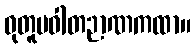
ဝုတူပဝါတဉာဏကထာ။